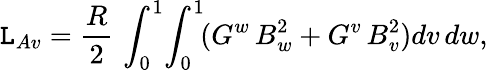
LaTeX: \mathtt{L}_{Av}=\frac{{R}}{{2}}\, \int_{0}^{1}\! \int_{0}^{1}\! (G^{w}\, B_{w}^{2}+G^{v}\, B_{v}^{2})dv\, dw,